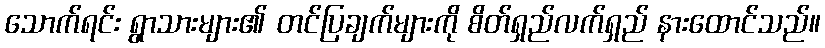
သောက်ရင်း ရွာသားများ၏ တင်ပြချက်များကို စိတ်ရှည်လက်ရှည် နားထောင်သည်။